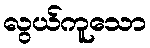
လွယ်ကူသော